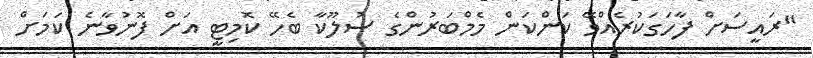
"ރައީސަށް ފާހަގަކުރެއްވޭ ކަންކަން މެމްބަރުންގެ ސުލޫކާ ބެހޭ ކޮމިޓީ އަށް ފޮނުވާނެ ކަމަށް